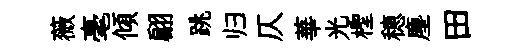
薇毫傾翩跳归仄華光檉穂塵田